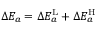
\Delta E _ { a } = \Delta E _ { a } ^ { \mathrm { L } } + \Delta E _ { a } ^ { \mathrm { H } }